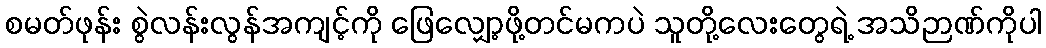
စမတ်ဖုန်း စွဲလန်းလွန်အကျင့်ကို ဖြေလျှော့ဖို့တင်မကပဲ သူတို့လေးတွေရဲ့ အသိဉာဏ်ကိုပါ